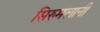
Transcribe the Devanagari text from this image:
सिरुमलानी